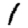
Digit: 1